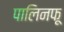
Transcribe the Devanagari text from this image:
पालिनफू